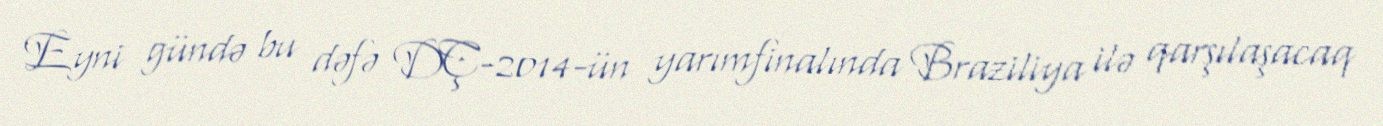
Eyni gündə bu dəfə DÇ-2014-ün yarımfinalında Braziliya ilə qarşılaşacaq